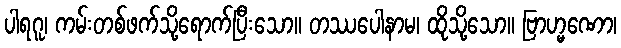
ပါရဂူ၊ ကမ်းတစ်ဖက်သို့ရောက်ပြီးသော။ တဿပေါနာမ၊ ထိုသို့သော။ ဗြာဟ္မဏော၊